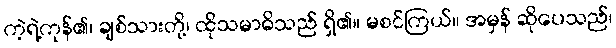
ကဲ့ရဲ့ကုန်၏၊ ချစ်သားတို့၊ ထိုသမာဓိသည် ရှိ၏။ မစင်ကြယ်။ အမှန် ဆိုပေသည်၊